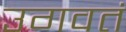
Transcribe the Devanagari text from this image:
उगवतं